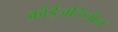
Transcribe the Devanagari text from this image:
क्रोईज़लिंगेन